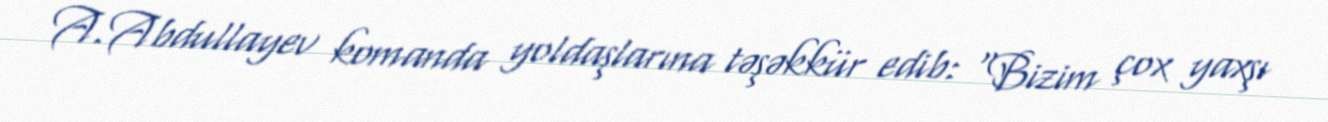
A.Abdullayev komanda yoldaşlarına təşəkkür edib: "Bizim çox yaxşı